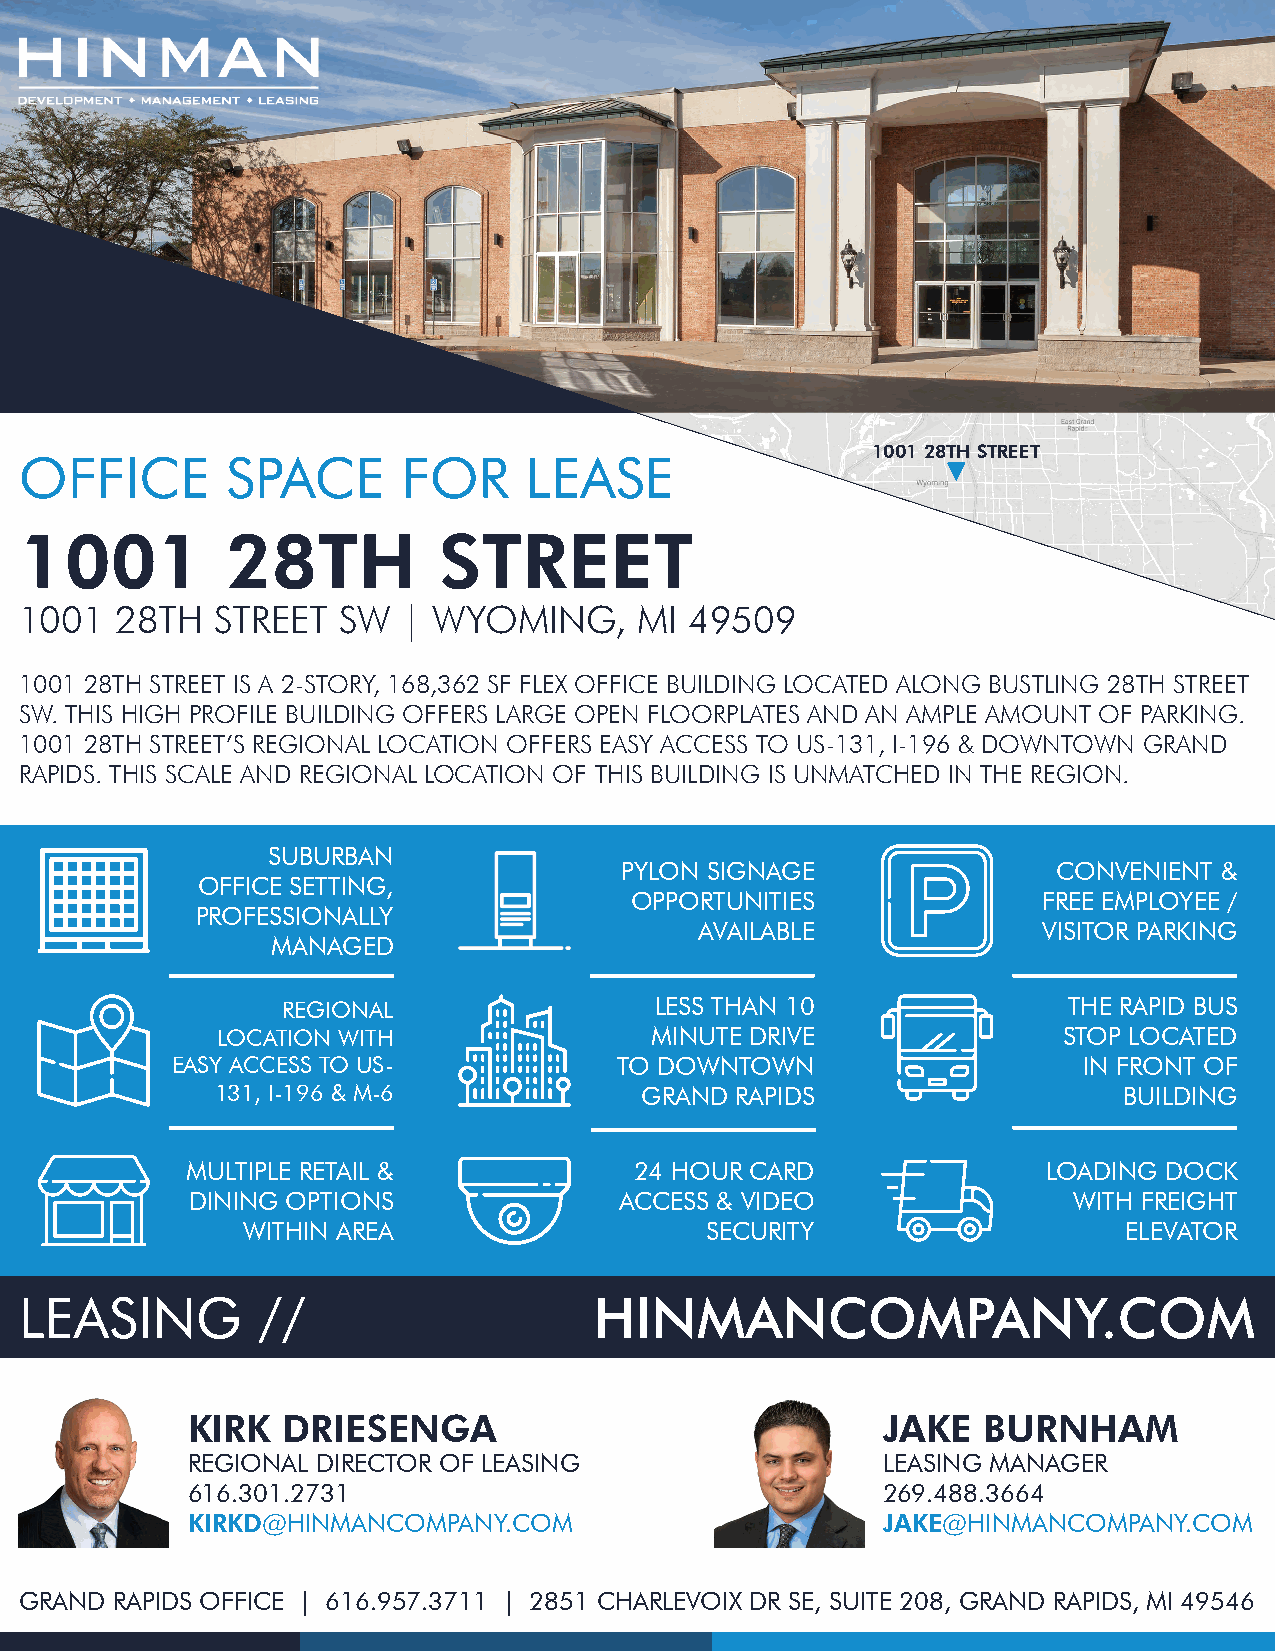
1001 28TH STREET
 OFFICE        SPACE       FOR     LEASE
 1001          28TH          STREET
 1001   28TH  STREET  SW   | WYOMING,     MI  49509
 1001 28TH STREET IS A 2-STORY, 168,362 SF FLEX OFFICE BUILDING LOCATED ALONG BUSTLING 28TH STREET
 SW. THIS HIGH PROFILE BUILDING OFFERS LARGE OPEN FLOORPLATES AND AN AMPLE AMOUNT OF PARKING.
 1001 28TH STREET’S REGIONAL LOCATION OFFERS EASY ACCESS TO US-131, I-196 & DOWNTOWN GRAND
 RAPIDS. THIS SCALE AND REGIONAL LOCATION OF THIS BUILDING IS UNMATCHED IN THE REGION.
 SUBURBAN
 PYLON SIGNAGE                CONVENIENT &
 OFFICE SETTING,
 OPPORTUNITIES              FREE EMPLOYEE /
 PROFESSIONALLY
 AVAILABLE              VISITOR PARKING
 MANAGED
 REGIONAL                LESS THAN 10                THE RAPID BUS
 LOCATION WITH                MINUTE DRIVE               STOP LOCATED
 EASY ACCESS TO US-            TO DOWNTOWN                    IN FRONT OF
 131, I-196 & M-6            GRAND  RAPIDS                   BUILDING
 MULTIPLE RETAIL &             24 HOUR CARD               LOADING DOCK
 DINING OPTIONS               ACCESS & VIDEO                WITH FREIGHT
 WITHIN AREA                    SECURITY                    ELEVATOR
 LEASING         //                    HINMANCOMPANY.COM
 KIRK   DRIESENGA                              JAKE   BURNHAM
 REGIONAL DIRECTOR OF LEASING                  LEASING MANAGER
 616.301.2731                                  269.488.3664
 KIRKD@HINMANCOMPANY.COM                       JAKE@HINMANCOMPANY.COM
 GRAND RAPIDS OFFICE | 616.957.3711 | 2851 CHARLEVOIX DR SE, SUITE 208, GRAND RAPIDS, MI 49546